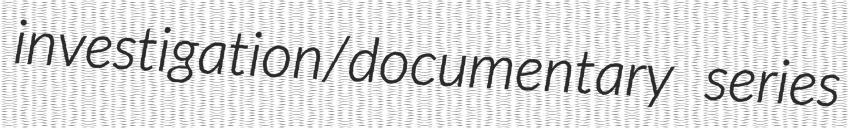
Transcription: investigation/documentary series